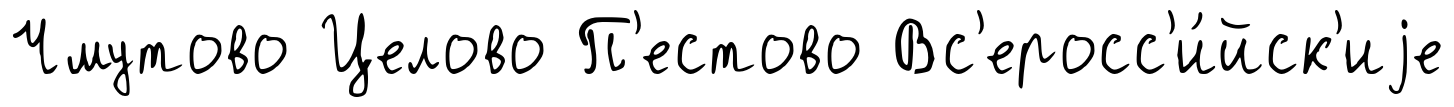
Чмутово Целово П'естово Вс'еросс'и́йск'иjе